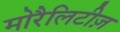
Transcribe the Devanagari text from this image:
मोरैलिटीज़